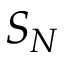
S _ { N }